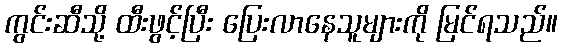
ကွင်းဆီသို့ ထီးဖွင့်ပြီး ပြေးလာနေသူများကို မြင်ရသည်။